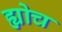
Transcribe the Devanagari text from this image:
ह्योच